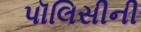
પૉલિસીની